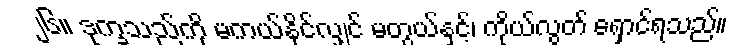
၂၆။ ဒုက္ခသည်ကို မကယ်နိုင်လျှင် မတွယ်နှင့်၊ ကိုယ်လွတ် ရှောင်ရသည်။